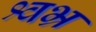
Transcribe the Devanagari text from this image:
श्वभ्र